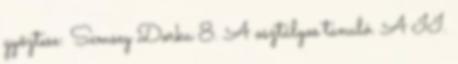
győztese: Semsey Dorka 8. A osztályos tanuló. A II.